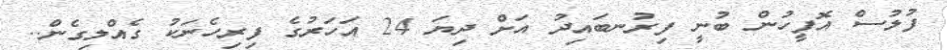
ފުލުސް އޮފީހުން ބުނީ ފިރުނބައިދު އަށް ދިިިިިިޔަ 24 އަހަރުގެ ފިރިހެނަކު ގެއްލިގެން..